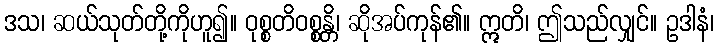
ဒသ၊ ဆယ်သုတ်တို့ကိုဟူ၍။ ဝုစ္စတိဝစ္စန္တိ၊ ဆိုအပ်ကုန်၏။ ဣတိ၊ ဤသည်လျှင်။ ဥဒါနံ၊